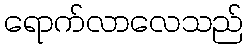
ရောက်လာလေသည်